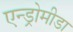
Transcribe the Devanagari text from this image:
एन्ड्रोमीडा